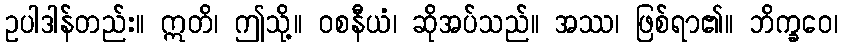
ဥပါဒါန်တည်း။ ဣတိ၊ ဤသို့။ ဝစနီယံ၊ ဆိုအပ်သည်။ အဿ၊ ဖြစ်ရာ၏။ ဘိက္ခဝေ၊